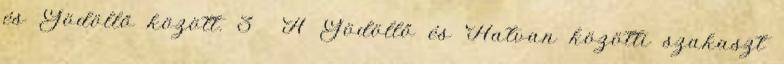
és Gödöllő között. 3 A Gödöllő és Hatvan közötti szakaszt